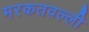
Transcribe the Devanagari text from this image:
मरकतवल्ली